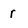
Character: r